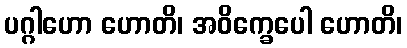
ပဂ္ဂါဟော ဟောတိ၊ အဝိက္ခေပေါ ဟောတိ၊